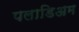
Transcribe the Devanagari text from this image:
पलाडिअम